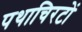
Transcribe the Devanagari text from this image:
पथाचिरटों